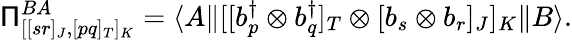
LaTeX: \mathsf{\Pi}_{[[sr]_{J},[pq]_{T}]_{K}}^{BA}=\langle A\| [[b_{p}^{\dagger}\otimes b_{q}^{\dagger}]_{T}\otimes[b_{s}\otimes b_{r}]_{J}]_{K}\| B\rangle.